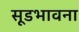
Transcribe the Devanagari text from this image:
सूडभावना